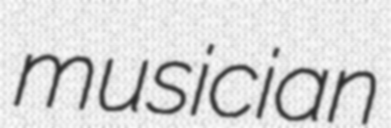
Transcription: musician